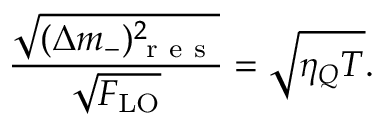
\frac { \sqrt { ( \Delta m _ { - } ) _ { \mathrm { ~ r ~ e ~ s ~ } } ^ { 2 } } } { \sqrt { F _ { \mathrm { L O } } } } = \sqrt { \eta _ { Q } T } .